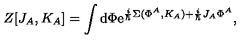
Z [ J _ { A } , K _ { A } ] = \int \mathrm { d } \Phi \mathrm { e } ^ { { \frac { i } { \hbar } } \Sigma ( \Phi ^ { A } , K _ { A } ) + { \frac { i } { \hbar } } J _ { A } \Phi ^ { A } } ,